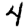
Digit: 4